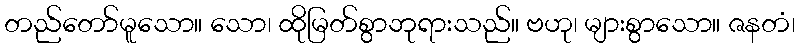
တည်တော်မူသော။ သော၊ ထိုမြတ်စွာဘုရားသည်။ ဗဟု၊ များစွာသော။ ဇနတံ၊